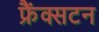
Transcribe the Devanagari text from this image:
फ्रैंक्सटन